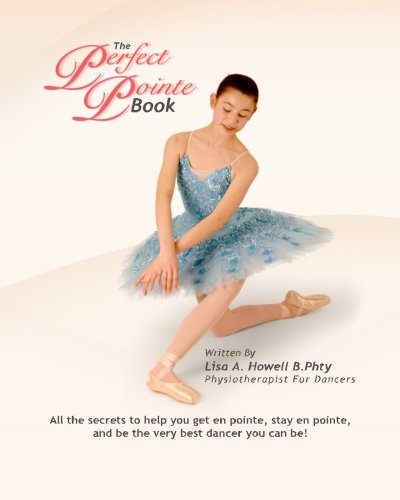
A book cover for The Perfect Pointe Book: All you need to get on pointe, stay on pointe and be the very best dancer you can be!; Lisa A. Howell B.Phty; Humor & Entertainment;